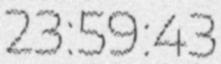
23:59:43